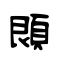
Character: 䫀